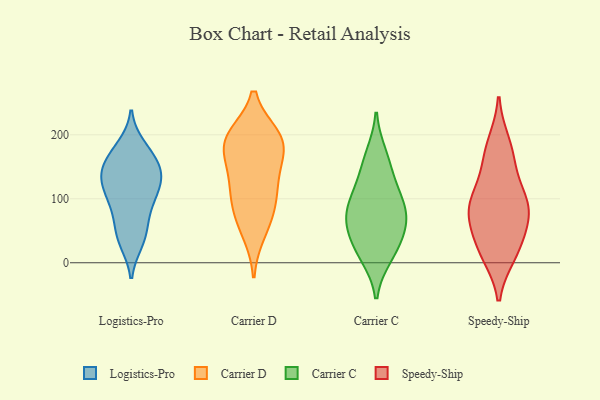
{"axis": {"x": "Revenue (USD Million)", "y": "Value"}, "legend": ["Carrier C", "Carrier D", "Logistics-Pro", "Speedy-Ship"], "data": [{"x": "", "y": 181, "type": "Logistics-Pro"}, {"x": "", "y": 67, "type": "Logistics-Pro"}, {"x": "", "y": 139, "type": "Logistics-Pro"}, {"x": "", "y": 102, "type": "Logistics-Pro"}, {"x": "", "y": 126, "type": "Logistics-Pro"}, {"x": "", "y": 170, "type": "Logistics-Pro"}, {"x": "", "y": 33, "type": "Logistics-Pro"}, {"x": "", "y": 136, "type": "Logistics-Pro"}, {"x": "", "y": 85, "type": "Logistics-Pro"}, {"x": "", "y": 115, "type": "Logistics-Pro"}, {"x": "", "y": 97, "type": "Logistics-Pro"}, {"x": "", "y": 43, "type": "Logistics-Pro"}, {"x": "", "y": 140, "type": "Logistics-Pro"}, {"x": "", "y": 158, "type": "Logistics-Pro"}, {"x": "", "y": 134, "type": "Logistics-Pro"}, {"x": "", "y": 170, "type": "Logistics-Pro"}, {"x": "", "y": 38, "type": "Logistics-Pro"}, {"x": "", "y": 48, "type": "Carrier D"}, {"x": "", "y": 112, "type": "Carrier D"}, {"x": "", "y": 87, "type": "Carrier D"}, {"x": "", "y": 75, "type": "Carrier D"}, {"x": "", "y": 180, "type": "Carrier D"}, {"x": "", "y": 143, "type": "Carrier D"}, {"x": "", "y": 185, "type": "Carrier D"}, {"x": "", "y": 194, "type": "Carrier D"}, {"x": "", "y": 192, "type": "Carrier D"}, {"x": "", "y": 197, "type": "Carrier D"}, {"x": "", "y": 127, "type": "Carrier D"}, {"x": "", "y": 67, "type": "Carrier C"}, {"x": "", "y": 113, "type": "Carrier C"}, {"x": "", "y": 37, "type": "Carrier C"}, {"x": "", "y": 68, "type": "Carrier C"}, {"x": "", "y": 148, "type": "Carrier C"}, {"x": "", "y": 87, "type": "Carrier C"}, {"x": "", "y": 10, "type": "Carrier C"}, {"x": "", "y": 17, "type": "Carrier C"}, {"x": "", "y": 169, "type": "Carrier C"}, {"x": "", "y": 60, "type": "Carrier C"}, {"x": "", "y": 102, "type": "Carrier C"}, {"x": "", "y": 88, "type": "Speedy-Ship"}, {"x": "", "y": 24, "type": "Speedy-Ship"}, {"x": "", "y": 98, "type": "Speedy-Ship"}, {"x": "", "y": 84, "type": "Speedy-Ship"}, {"x": "", "y": 78, "type": "Speedy-Ship"}, {"x": "", "y": 96, "type": "Speedy-Ship"}, {"x": "", "y": 147, "type": "Speedy-Ship"}, {"x": "", "y": 56, "type": "Speedy-Ship"}, {"x": "", "y": 20, "type": "Speedy-Ship"}, {"x": "", "y": 186, "type": "Speedy-Ship"}, {"x": "", "y": 14, "type": "Speedy-Ship"}, {"x": "", "y": 169, "type": "Speedy-Ship"}]}